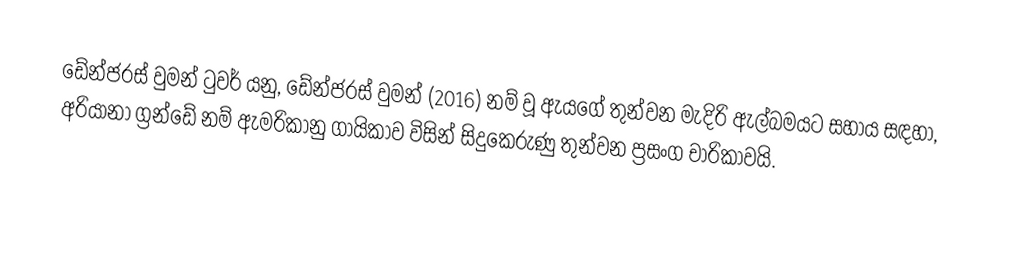
ඩේන්ජරස් වුමන් ටුවර් යනු,   ඩේන්ජරස් වුමන් (2016) නම් වූ ඇයගේ තුන්වන මැදිරි ඇල්බමයට සහාය සඳහා, අරියානා ග්‍රන්ඩේ නම් ඇමරිකානු ගායිකාව විසින් සිදුකෙරුණු තුන්වන ප්‍රසංග චාරිකාවයි.